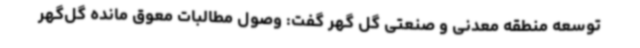
توسعه منطقه معدنی و صنعتی گل گهر گفت: وصول مطالبات معوق مانده گل‌گهر